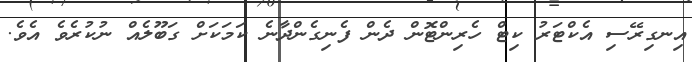
އިނގިރޭސި އެކްޓަރު ކިޓް ހެރިންޓޮން ދެން ފެނިގެންދާނެ ކަމަކަށް ގަބޫލެއް ނުކުރެވެ އެވެ.